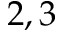
2 , 3